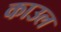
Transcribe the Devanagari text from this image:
काउल